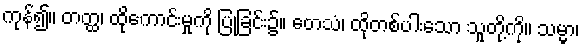
ကုန်၍။ တတ္ထ၊ ထိုကောင်းမှုကို ပြုခြင်း၌။ တေသံ၊ ထိုတစ်ပါးသော သူတို့ကို။ သမ္မာ၊